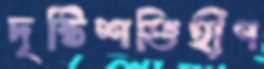
দৃষ্টিশক্তিহীণ